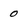
Character: 0